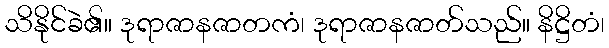
သိနိုင်ခဲ၏။ ဒုရာဇာနဇာတကံ၊ ဒုရာဇာနဇာတ်သည်။ နိဋ္ဌိတံ၊